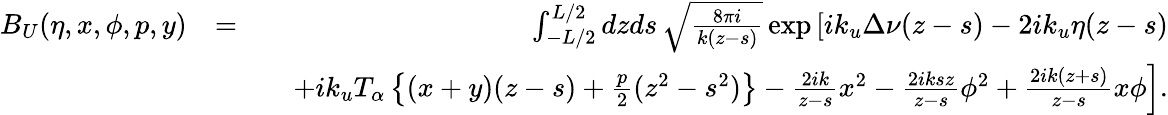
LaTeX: \begin{array}{rlr}{B_{U}(\eta,x,\phi,p,y)}&{=}&{\int_{-L/2}^{L/2}dzds\, \sqrt{\frac{8\pi i}{k(z-s)}}\exp\left[ik_{u}\Delta\nu(z-s)-2ik_{u}\eta(z-s)\right.}\\ &{}&{\quad\left.+ik_{u}T_{\alpha}\left\{ (x+y)(z-s)+\frac{p}{2}(z^{2}-s^{2})\right\} -\frac{2ik}{z-s}x^{2}-\frac{2iksz}{z-s}\phi^{2}+\frac{2ik(z+s)}{z-s}x\phi\right].}\end{array}